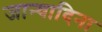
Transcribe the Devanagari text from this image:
जान्वादिना